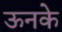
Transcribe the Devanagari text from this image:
ऊनके